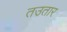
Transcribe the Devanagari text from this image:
तउतार